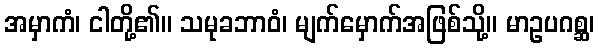
အမှာကံ၊ ငါတို့၏။ သမုခဘာဝံ၊ မျက်မှောက်အဖြစ်သို့။ မာဥပဂစ္ဆ၊